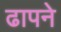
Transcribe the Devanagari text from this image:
ढापने